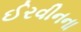
ઈરવીનના